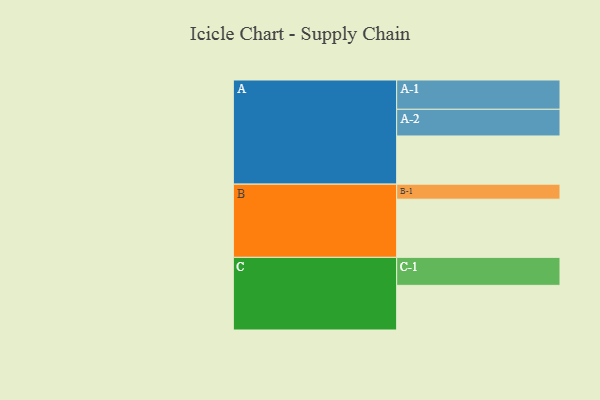
{"axis": {"x": "Segment", "y": "Value"}, "legend": ["", "A", "B", "C"], "data": [{"x": "A", "y": 477, "type": ""}, {"x": "B", "y": 576, "type": ""}, {"x": "C", "y": 442, "type": ""}, {"x": "A-1", "y": 290, "type": "A"}, {"x": "A-2", "y": 264, "type": "A"}, {"x": "B-1", "y": 149, "type": "B"}, {"x": "C-1", "y": 277, "type": "C"}]}